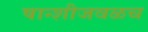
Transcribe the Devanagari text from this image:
षान्शीजवळच